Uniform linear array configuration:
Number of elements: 24
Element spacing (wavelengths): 0.75
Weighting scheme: blackman
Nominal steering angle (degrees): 45
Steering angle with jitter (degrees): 45.416
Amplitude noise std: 0.05
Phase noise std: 0.05

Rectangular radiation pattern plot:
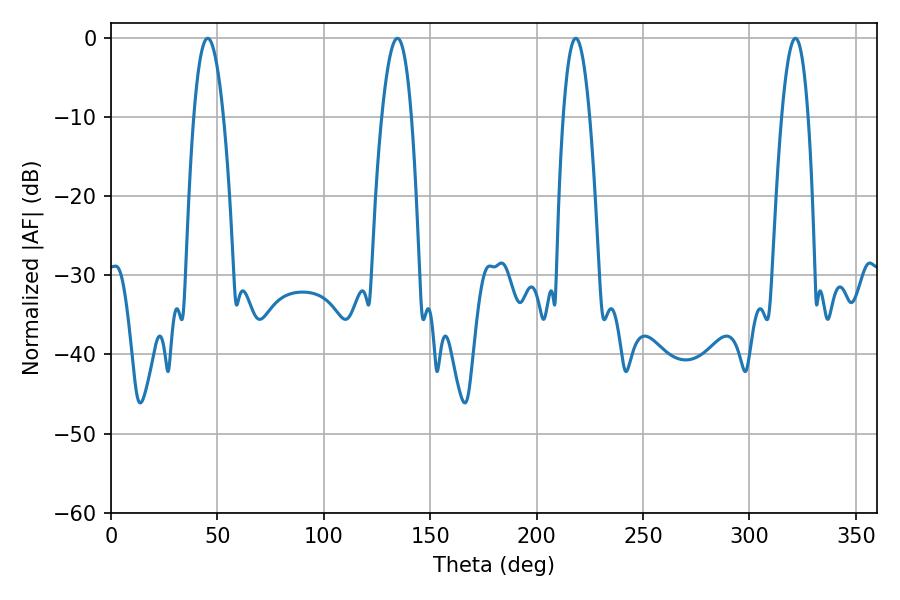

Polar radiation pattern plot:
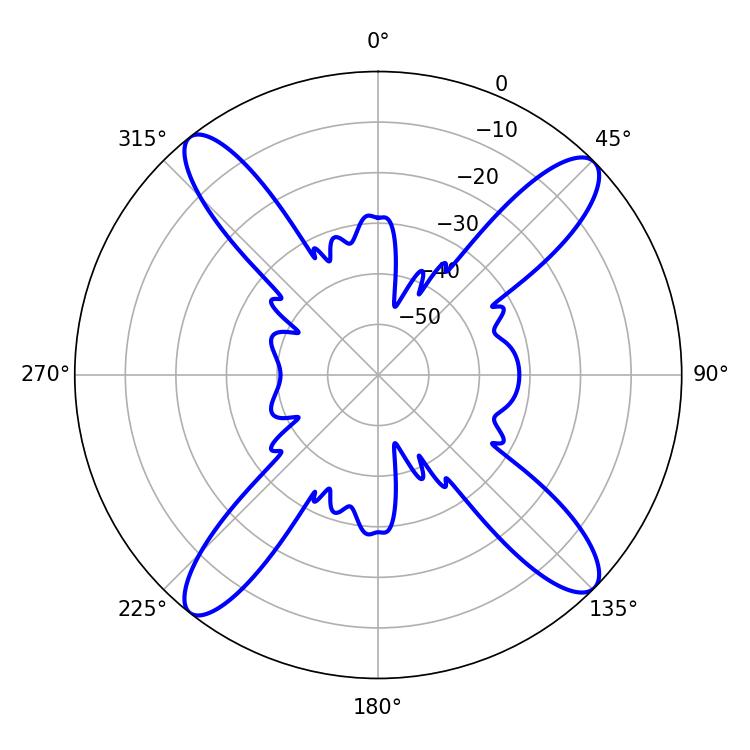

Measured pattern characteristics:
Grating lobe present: TRUE
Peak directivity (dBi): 16.406
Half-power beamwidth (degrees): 6.84
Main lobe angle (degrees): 218.34